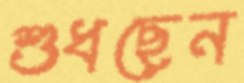
শুধছেন